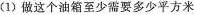
(1)做这个油箱至少需要多少平方米